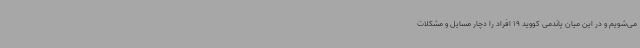
می‌شویم و در این میان پاندمی کووید 19 افراد را دچار مسایل و مشکلات